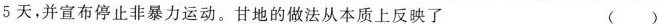
5天，并宣布停止非暴力运动。甘地的做法从本质上反映了 ( )